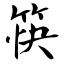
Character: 筷